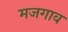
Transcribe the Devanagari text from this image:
मजगाव